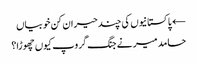
← پاکستانیوں کی چند حیران کن خوبیاں
حامد میر نے جنگ گروپ کیوں چھوڑا؟